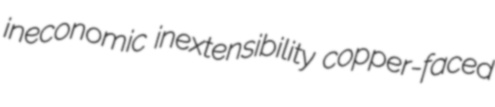
ineconomic inextensibility copper-faced